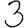
Digit: 3